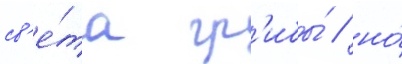
св'е́та гр'ибы́ / но́